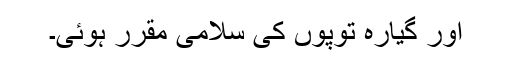
اور گیارہ توپوں کی سلامی مقرر ہوئی۔